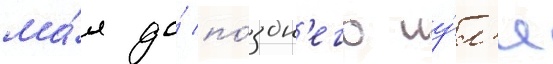
ма́я до́ по́здн'его иу́л'я